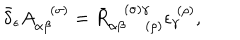
\bar { \delta } _ { \epsilon } A _ { \alpha \beta } ^ { ( \sigma ) } = \bar { R } _ { \alpha \beta \; ( \rho ) } ^ { ( \sigma ) \gamma } \epsilon _ { \gamma } ^ { \; ( \rho ) } ,